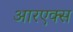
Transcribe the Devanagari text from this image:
आरएक्स